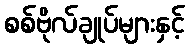
စစ်ဗိုလ်ချုပ်များနှင့်